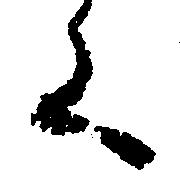
く